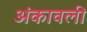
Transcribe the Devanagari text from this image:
अंकावली